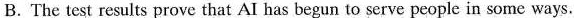
B. The test results prove that AI has begun to serve people in some ways.